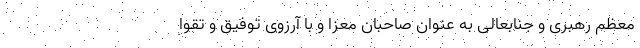
معظم رهبری و جنابعالی به عنوان صاحبان معزا و با آرزوی توفیق و تقوا